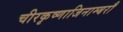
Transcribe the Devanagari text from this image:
चीरकृष्णाजिनाम्बरौ